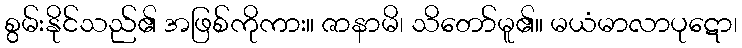
စွမ်းနိုင်သည်၏ အဖြစ်ကိုကား။ ဇာနာမိ၊ သိတော်မူ၏။ မယံမာလာပုဋော၊